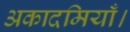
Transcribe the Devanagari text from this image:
अकादमियाँ।